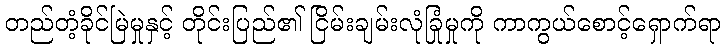
တည်တံ့ခိုင်မြဲမှုနှင့် တိုင်းပြည်၏ ငြိမ်းချမ်းလုံခြုံမှုကို ကာကွယ်စောင့်ရှောက်ရာ